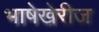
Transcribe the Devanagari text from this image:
भाषेखेरीज